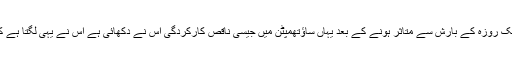
ٹیسٹ میں تو اسے بدترین شکست کا سامنا کرنا ہی پڑا لیکن پہلے ایک روزہ کے بارش سے متاثر ہونے کے بعد یہاں ساؤتھمپٹن میں جیسی ناقص کارکردگی اس نے دکھائی ہے اس نے یہی لگتا ہے کہ اب سیریز میں واپس آنے کے لیے ایڑی چوٹی کا زور لگانا ہوگا۔